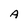
Character: A